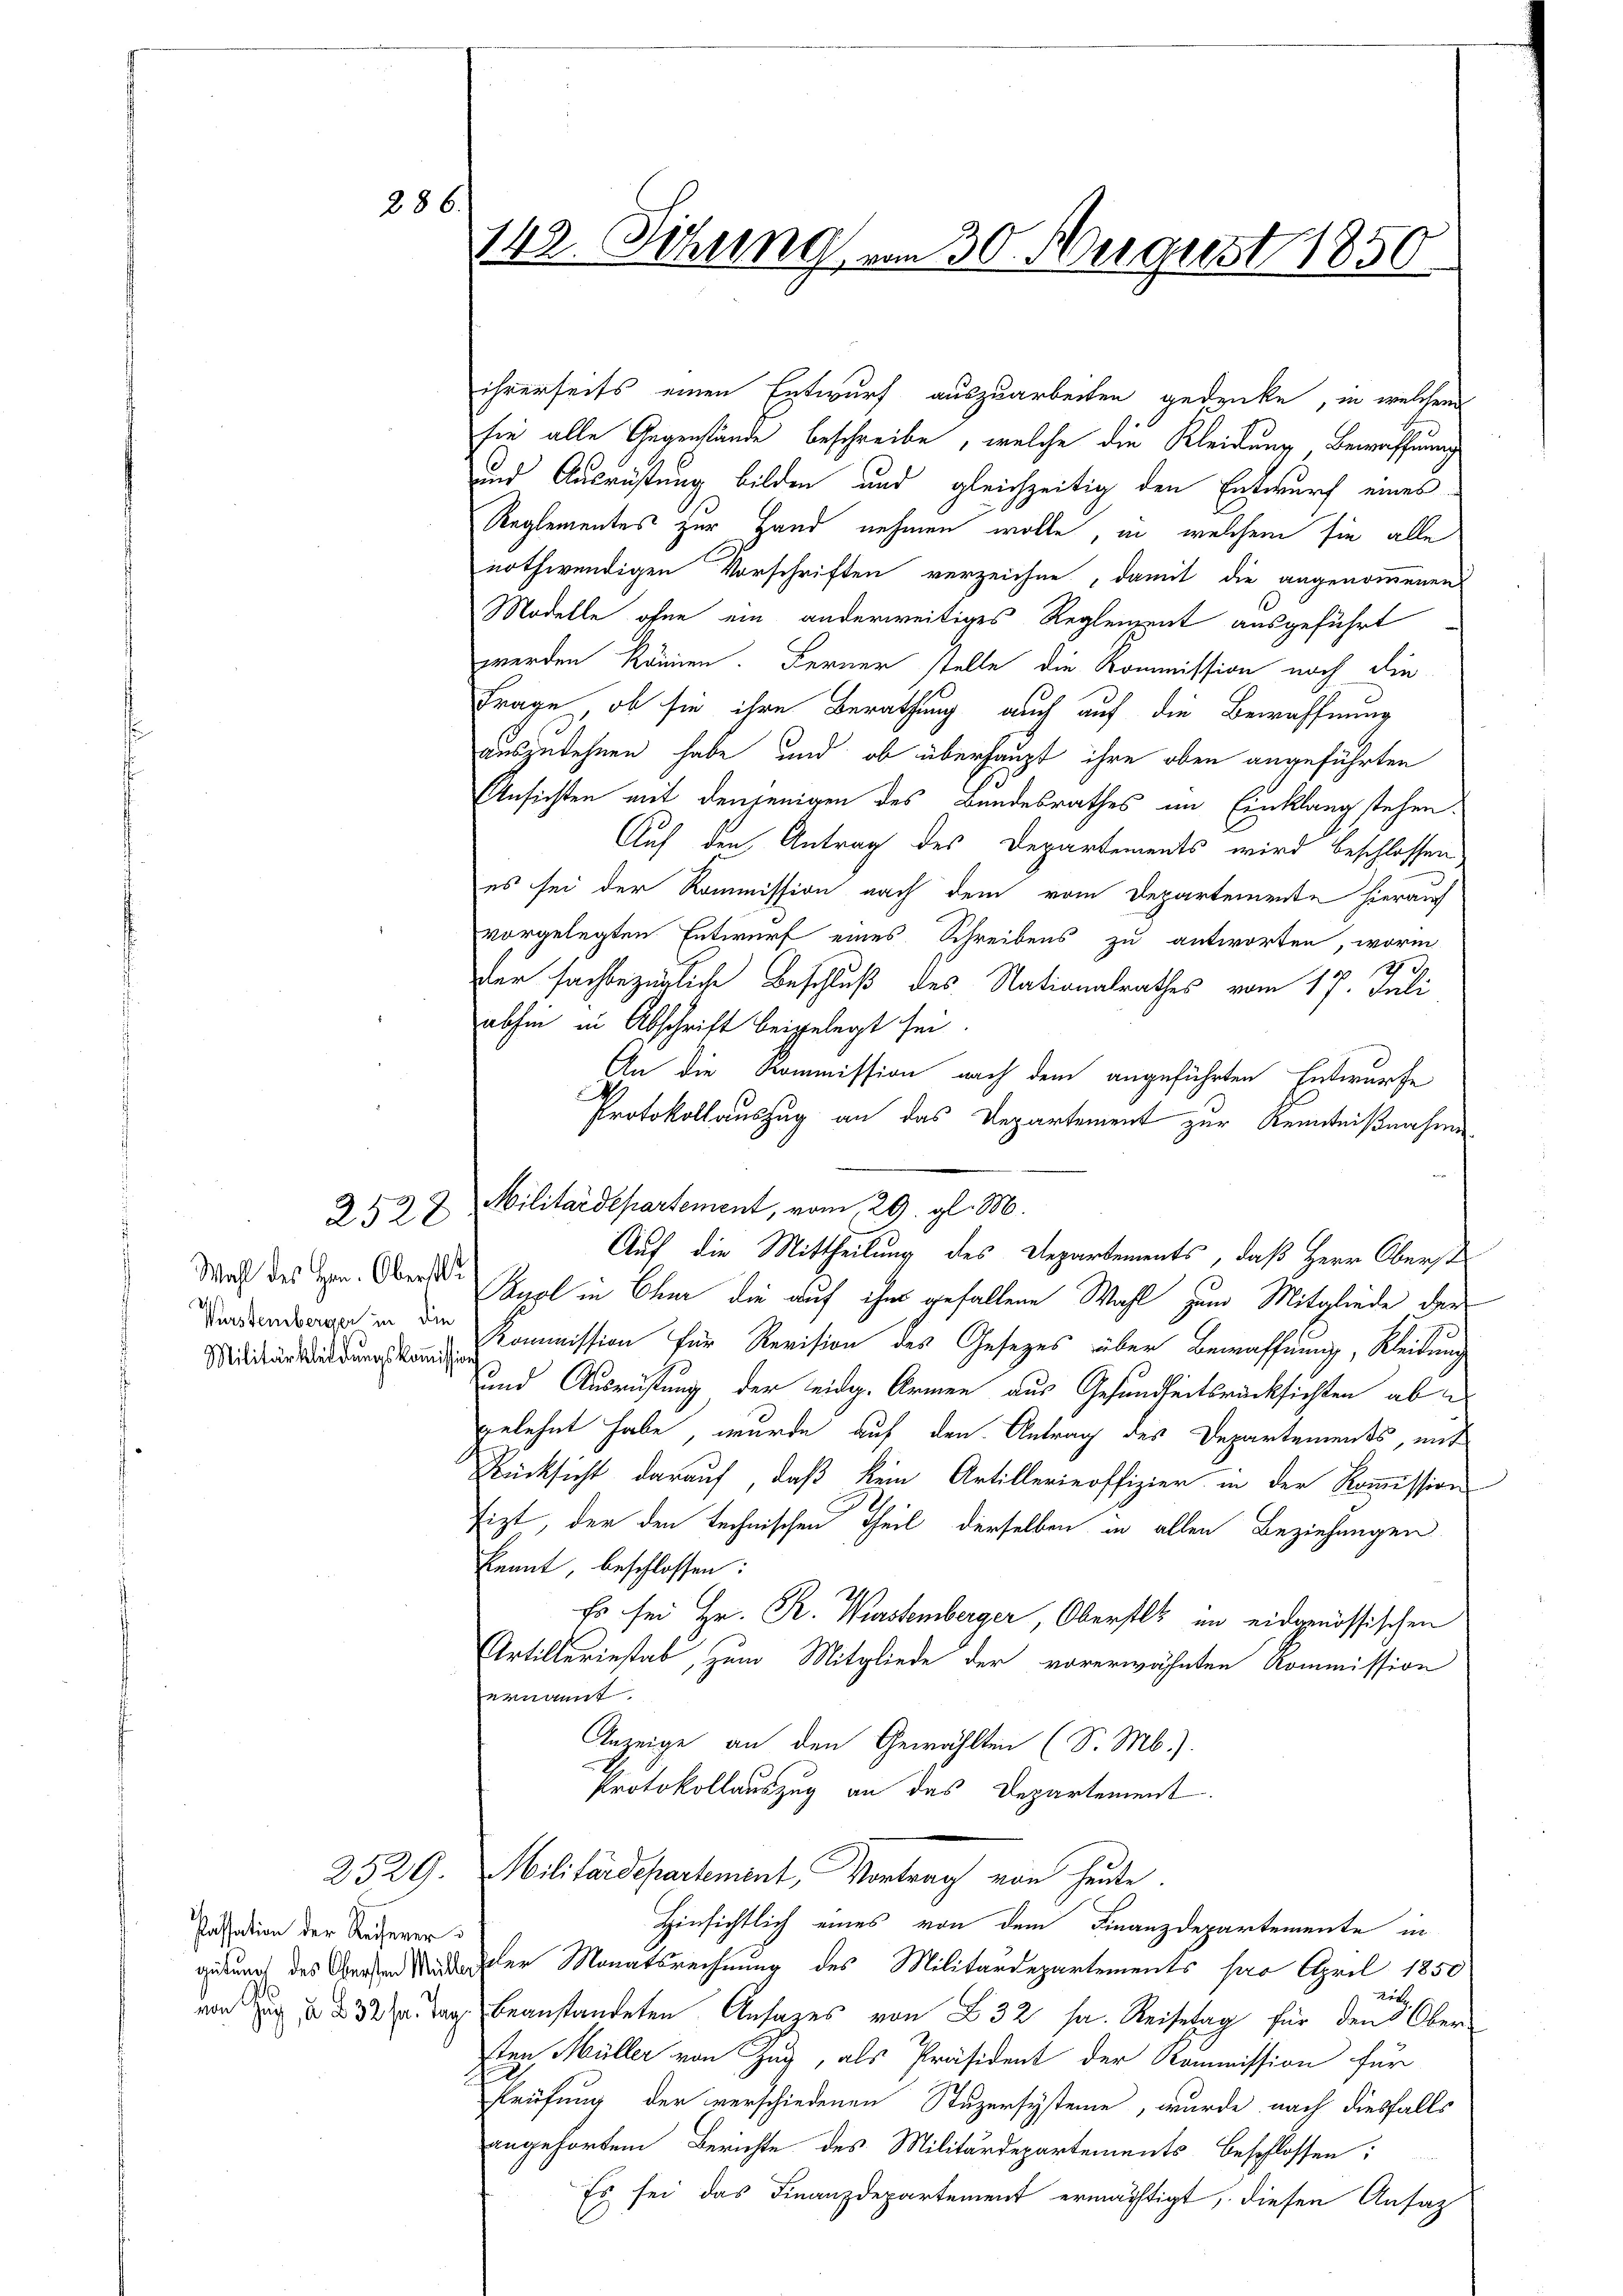
286.

Wahl des Hrn. Oberstli
Würstemberger in die
Militärkleidŭngskoṁission

2528

Passation der Reiterer

142. Sitzung von 30. August 1850

ihrerseits einen Entwurf auszuarbeiten gedenke, in welchen
sie alle Gegenstände beschreibe, welche die Kleidung, Bewaffnung
und Ausrüstung bilden und gleichzeitig den Entwurf eines
Reglementes zur Hand nehmen wolle, in welchem sie alle
nothwendigen Vorschriften verzeichne, damit die angenommenen
Modelle ohne ein anderweitiges Regleizent ausgeführt
werden können. Ferner stelle die Kommission noch die
Frage, ob sie ihre Berathung auch auf die Bewaffnung
auszudehnen habe und ob überhaupt ihre oben angeführten
Ansichten mit denjenigen des Bundesrathes im Einklang stehen.
Auf den Antrag des Departements wird beschlossen,
es sei der Kommission nach dem vom Departemente hierauf
vvorgelegten Entwurf eines Schreibens zu antworten, worin
2.
der sachbezügliche Beschluß des Nationalrathes vom 17. Juli
abhin in Abschrift beigelegt sei.
An die Kommission nach dem angeführten Entwurfe
Protokollauszug an das Departement zur Kenntnißnahme
Militärdepartement, vom 20. gl. M.
uol in Chur die auf ihn gefallene Wahl zum Mitgliede der
Kommission für Revision des Gesetzes über Bewaffnung, Kleidung
und Ausrüstung der eidg. Armen aus Gesundheitsrücksichten ab
gelehnt habe, wurde auf den Antrag des Departements, mit
Rücksicht darauf, daß kein Artillerieoffizier in der Kommission
tizt, der den technischen Theil derselben in allen Beziehungen
knant, beschlossen:
Es sei Hr. R. Wurstemberger, Oberst im eidgenössischen
Artillerinstab, zum Mitgliede der vorerwähnten Kommission
ernannt.
Anzeige an den Gewählten (S. M.).
Protokollauszug an das Departement.
2529. Militärdepartement, Vortrag von heute.
Hinsichtlich eines von dem Finanzdepartemente in
gedung des Garten Bedachter Monatsrechnung des Militärdepartements ser April 1850
.
von zu 3 Tag beanstandeten Ansages von 32 s. Reisetag für den Obersten Müller von Zug, als Präsident der Kommission für
Prüfung der verschiedenen Stuzersysteme, wurde nach diesfalls
angehörten Berichte des Militärdepartements beschlossen:
Es sei das Finanzdepartement ermächtigt, diesen Ansatz

Auf die Mittheilung des Departements, daß Herr Oberst